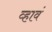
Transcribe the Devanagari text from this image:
व्‍हावं